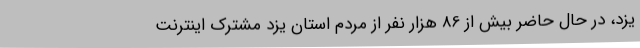
یزد، در حال حاضر بیش از 86 هزار نفر از مردم استان یزد مشترک اینترنت